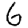
Digit: 6